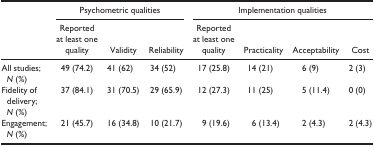
| <ROWSPAN=2>  | <COLSPAN=3> Psychometric qualities | <COLSPAN=4> Implementation qualities |
 | Reported at least one quality | Validity | Reliability | Reported at least one quality | Practicality | Acceptability | Cost |
 | --- | --- | --- | --- | --- | --- | --- | --- |
 | All studies; N (%) | 49 (74.2) | 41 (62) | 34 (52) | 17 (25.8) | 14 (21) | 6 (9) | 2 (3) |
 | Fidelity of delivery; N (%) | 37 (84.1) | 31 (70.5) | 29 (65.9) | 12 (27.3) | 11 (25) | 5 (11.4) | 0 (0) |
 | Engagement; N (%) | 21 (45.7) | 16 (34.8) | 10 (21.7) | 9 (19.6) | 6 (13.4) | 2 (4.3) | 2 (4.3) |